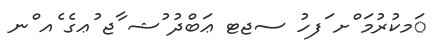
ަމކުރުމަ ްށ ަފހު ސޖޓ ޢަބްދު ުޝ ާޖ ުޢގެ ެއ ްނ